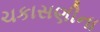
ચકાસણીના